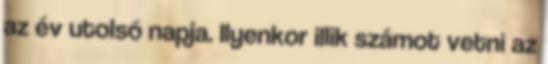
az év utolsó napja. Ilyenkor illik számot vetni az